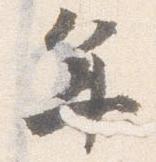
年